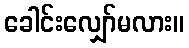
ခေါင်းလျှော်မလား။